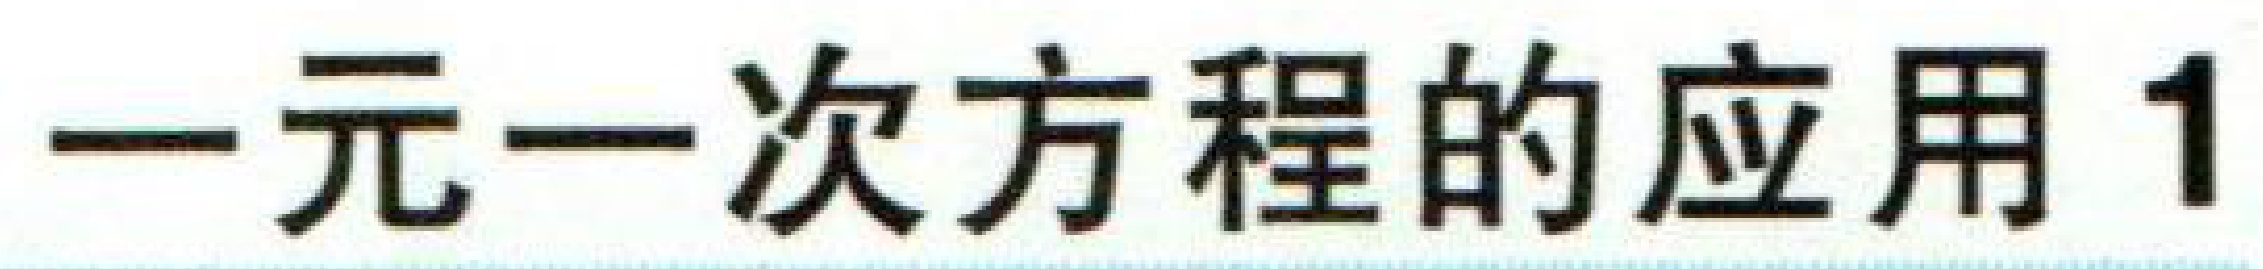
一元一次方程的应用1